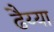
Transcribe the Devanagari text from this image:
ढैय्या